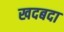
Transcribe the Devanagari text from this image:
खदबदा